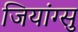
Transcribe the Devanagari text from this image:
जियांग्सु